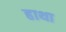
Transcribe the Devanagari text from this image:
हाथा